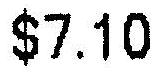
$7.10